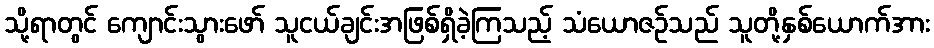
သို့ရာတွင် ကျောင်းသွားဖော် သူငယ်ချင်းအဖြစ်ရှိခဲ့ကြသည့် သံယောဇဉ်သည် သူတို့နှစ်ယောက်အား